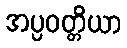
အပ္ပဝတ္တိယာ